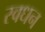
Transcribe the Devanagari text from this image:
स्वधन